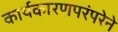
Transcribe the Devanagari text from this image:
कार्यकारणपरंपरेने